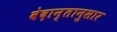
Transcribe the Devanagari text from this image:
वेदान्तानुसार